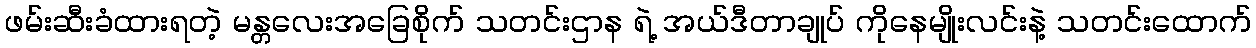
ဖမ်းဆီးခံထားရတဲ့ မန္တလေးအခြေစိုက် သတင်းဌာန ရဲ့ အယ်ဒီတာချုပ် ကိုနေမျိုးလင်းနဲ့ သတင်းထောက်